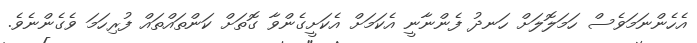
އެހެންނަމަވެސް ހަމަލޮލަށް ހަނދު ފެންނާނީ އެކަމަށް އެކަށީގެންވާ ގޮތަށް ކަންތައްތައް ފުރިހަމަ ވެގެންނެވެ.